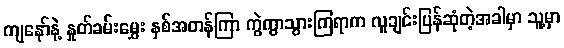
ကျနော်နဲ့ နှုတ်ခမ်းမွှေး နှစ်အတန်ကြာ ကွဲကွာသွားကြရာက လူချင်းပြန်ဆုံတဲ့အခါမှာ သူ့မှာ